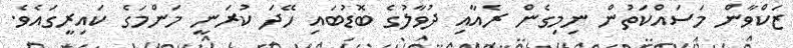
ޒަކްވާން މަސައްކަތުން ނިމިގެން ރެއާއި ދުވާލުގެ ބޮޑުބައި ހޭދަ ކުރަނީ މަންމަގެ ކައިރީގައެވެ.